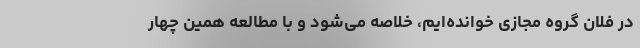
در فلان گروه مجازی خوانده‌ایم، خلاصه می‌شود و با مطالعه همین چهار